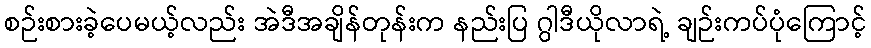
စဉ်းစားခဲ့ပေမယ့်လည်း အဲဒီအချိန်တုန်းက နည်းပြ ဂွါဒီယိုလာရဲ့ ချဉ်းကပ်ပုံကြောင့်